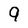
Character: 9